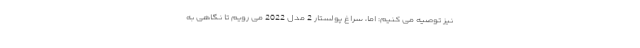
نیز توصیه می کنیم: اما، سراغ پولستار 2 مدل 2022 می رویم تا نگاهی به